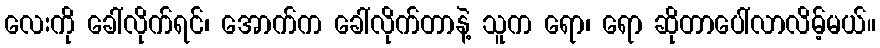
လေးကို ခေါ်လိုက်ရင်၊ အောက်က ခေါ်လိုက်တာနဲ့ သူက ရော၊ ရော ဆိုတာပေါ်လာလိမ့်မယ်။